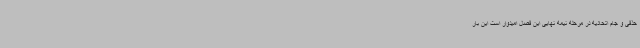
حذفی و جام اتحادیه در مرحله نیمه نهایی این فصل امیدوار است این بار